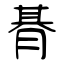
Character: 朞